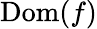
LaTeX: \operatorname{Dom}(f)